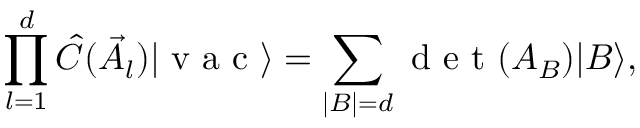
\prod _ { l = 1 } ^ { d } \hat { C } ( \vec { A } _ { l } ) | \textrm { v a c } \rangle = \sum _ { | B | = d } \textrm { d e t } ( A _ { B } ) | B \rangle ,